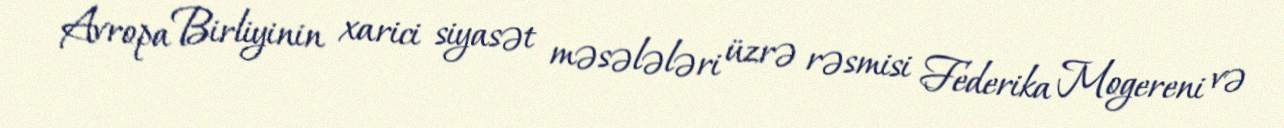
Avropa Birliyinin xarici siyasət məsələləri üzrə rəsmisi Federika Mogereni və